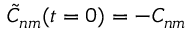
\tilde { C } _ { n m } ( t = 0 ) = - C _ { n m }